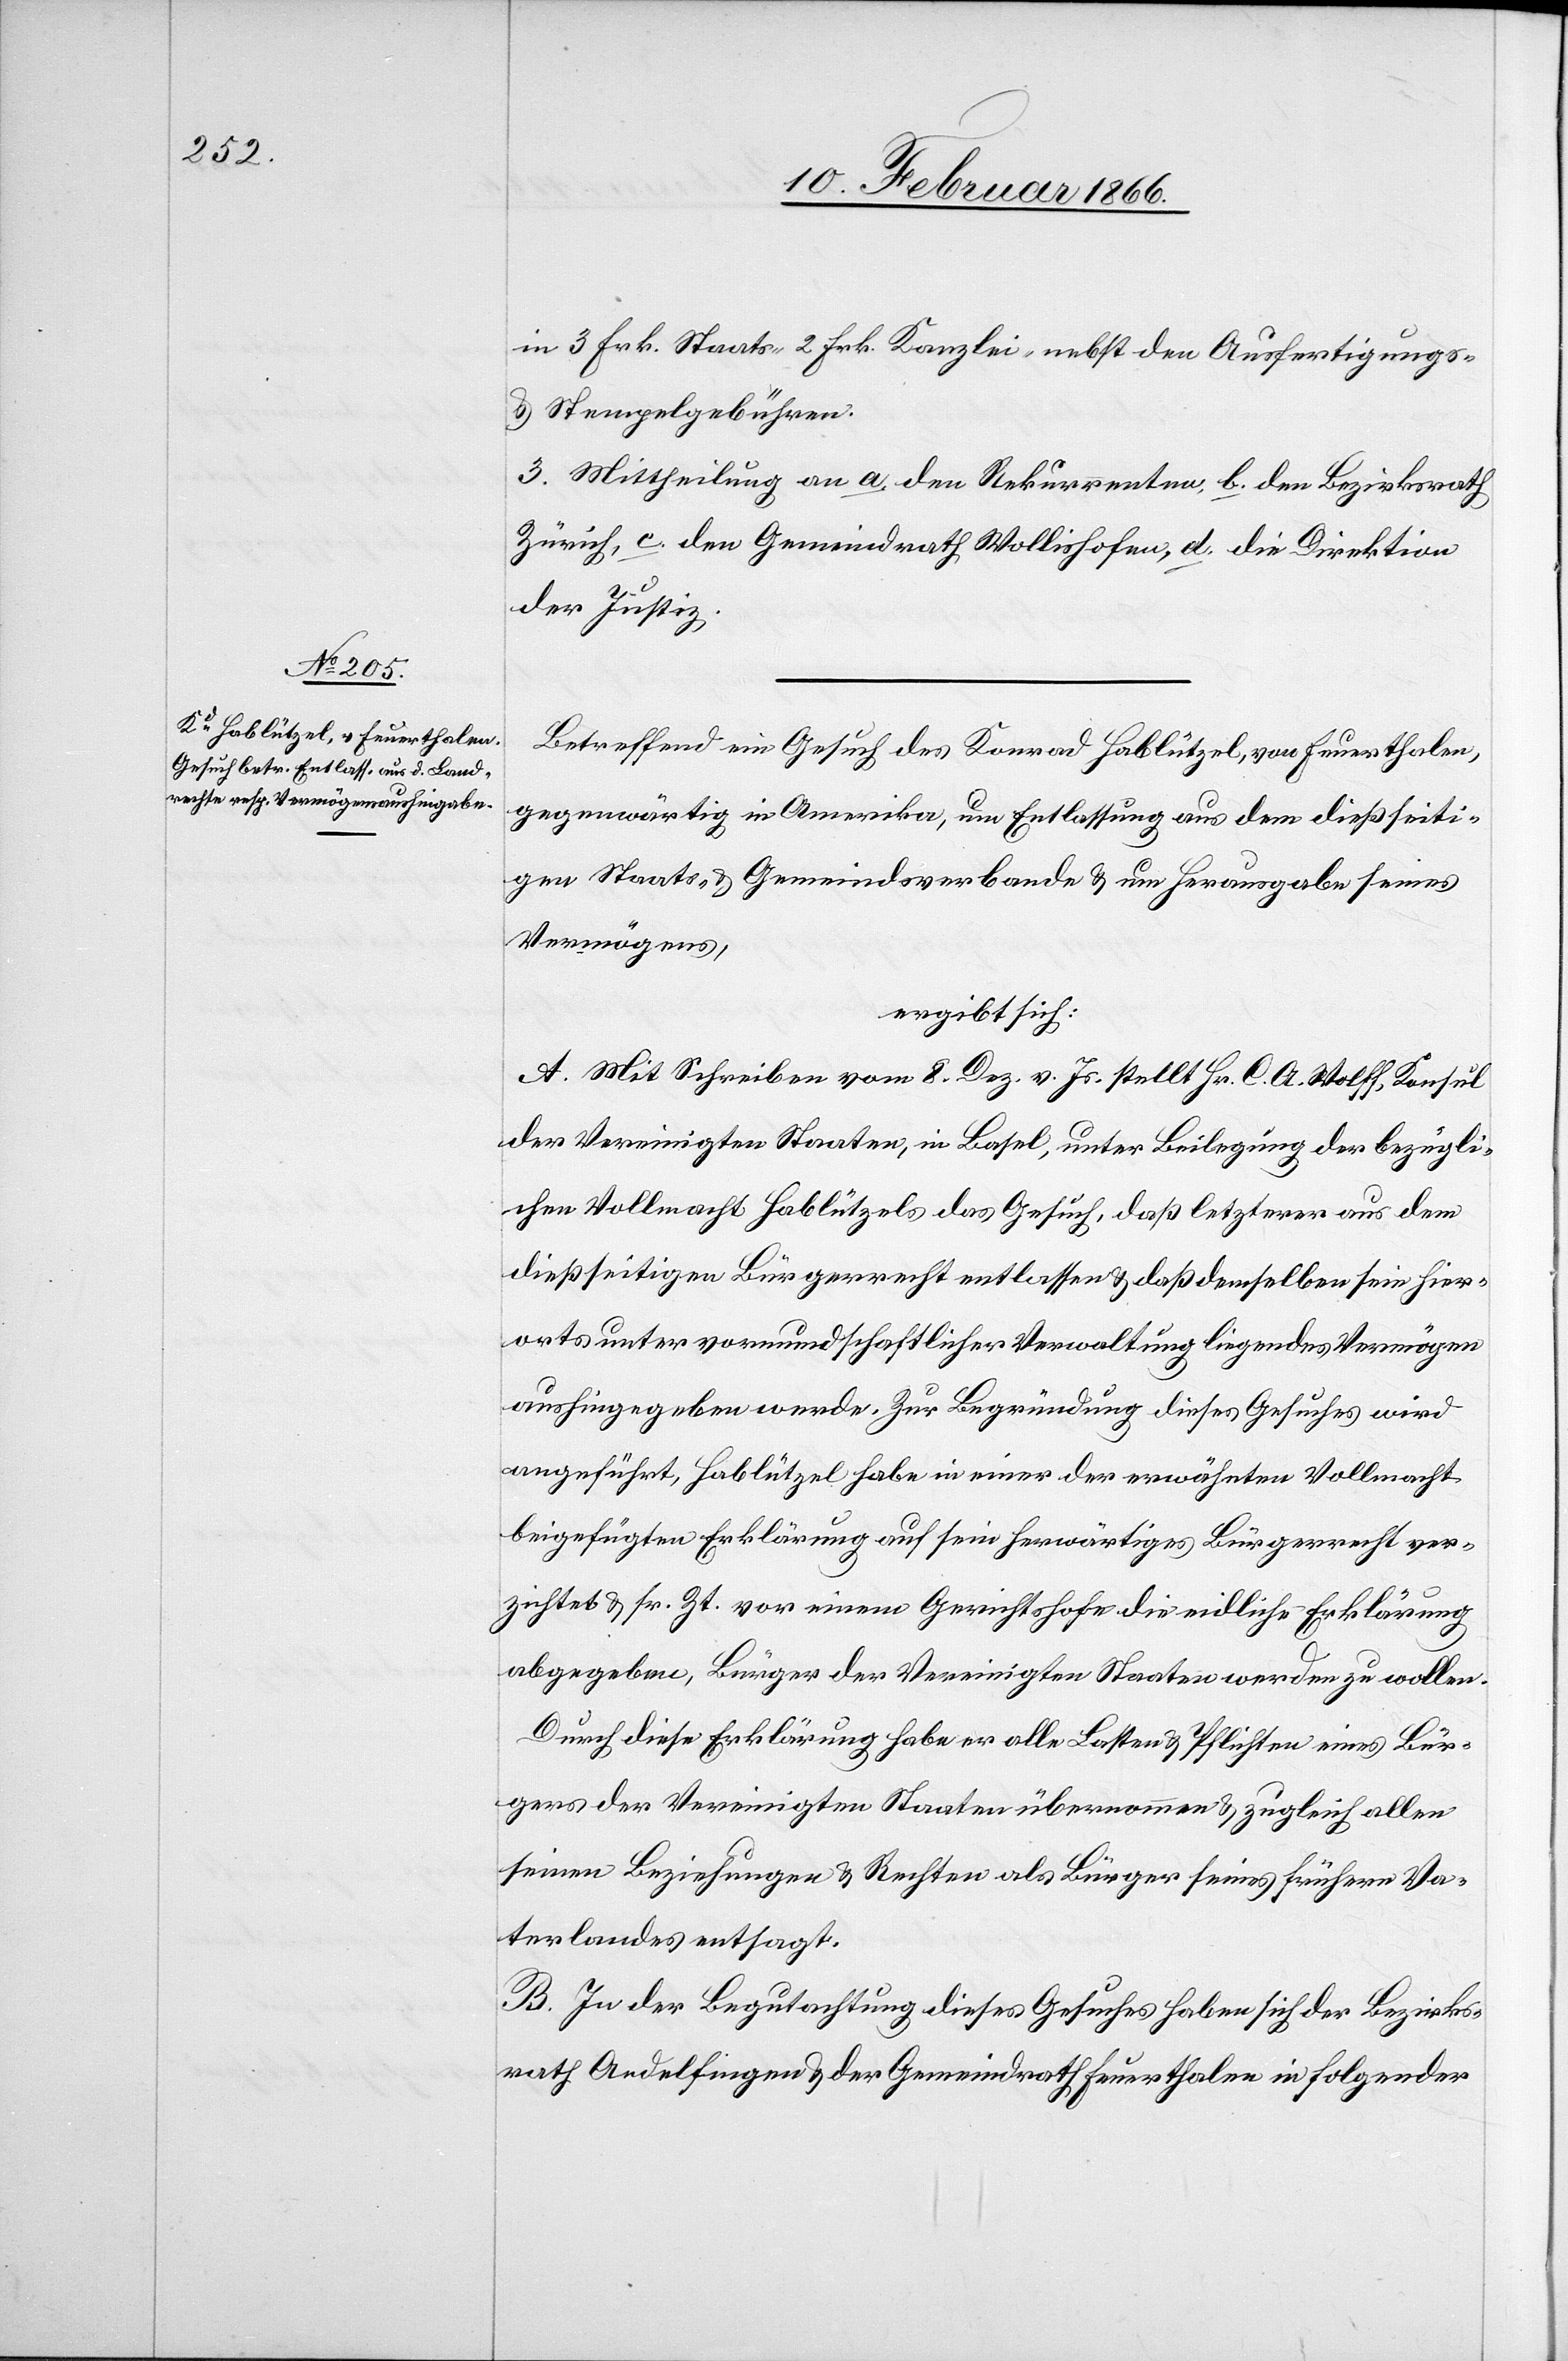
in 3. Frk. Staats-[,] 2 Frk. Kanzlei- nebst den Ausfertigungs-
u. Stempelgebühren.
Mittheilung an a den Rekurrenten, b. den Bezirksrath
Zürich, c. den Gemeindrath Wollishofen, d. die Direktion
der Justiz.
Betreffend ein Gesuch des Konrad Hablützel, von Feuerthalen,
gegenwärtig in Amerika, um Entlassung aus dem dießseiti¬
gen Staats- u. Gemeindsverbande u. um Herausgabe seines
Vermögens,
ergibt sich:
A. Mit Schreiben vom 8. Dez. v. Js. stellt Hr. C. A. Wolff, Konsul
der Vereinigten Staaten, in Basel, unter Beilegung der bezügli¬
chen Vollmacht Hablützels das Gesuch, daß letzterer aus dem
dießseitigen Bürgerrecht entlassen u. daß demselben sein hier¬
orts unter vormundschaftlicher Verwaltung liegendes Vermögen
aushingegeben werde. Zur Begründung dieses Gesuches wird
angeführt, Hablützel habe in einer der erwähnten Vollmacht
beigefügten Erklärung auf sein herwärtiges Bürgerrecht ver¬
zichtet u. sr. Zt. vor einem Gerichtshofe die eidliche Erklärung
abgegeben, Bürger der Vereinigten Staaten werden zu wollen.
Durch diese Erklärung habe er alle Lasten u. Pflichten eines Bür¬
gers der Vereinigten Staaten übernommen u. zugleich allen
seinen Beziehungen u. Rechten als Bürger seines frühern Va¬
terlandes entsagt.
B. In der Begutachtung dieses Gesuches haben sich der Bezirks¬
rath Andelfingen u. der Gemeindrath Feuerthalen in folgender